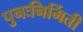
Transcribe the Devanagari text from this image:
पुनःनिर्मिती